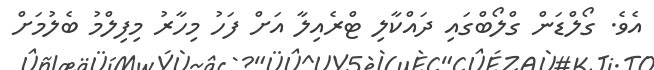
އެވެ. ގޯލްޑަން ގްލޯބްގައި ދައްކާލި ޓްރެއިލާ އަށް ފަހު މިހާރު މިފިލްމު ބެލުމަށް